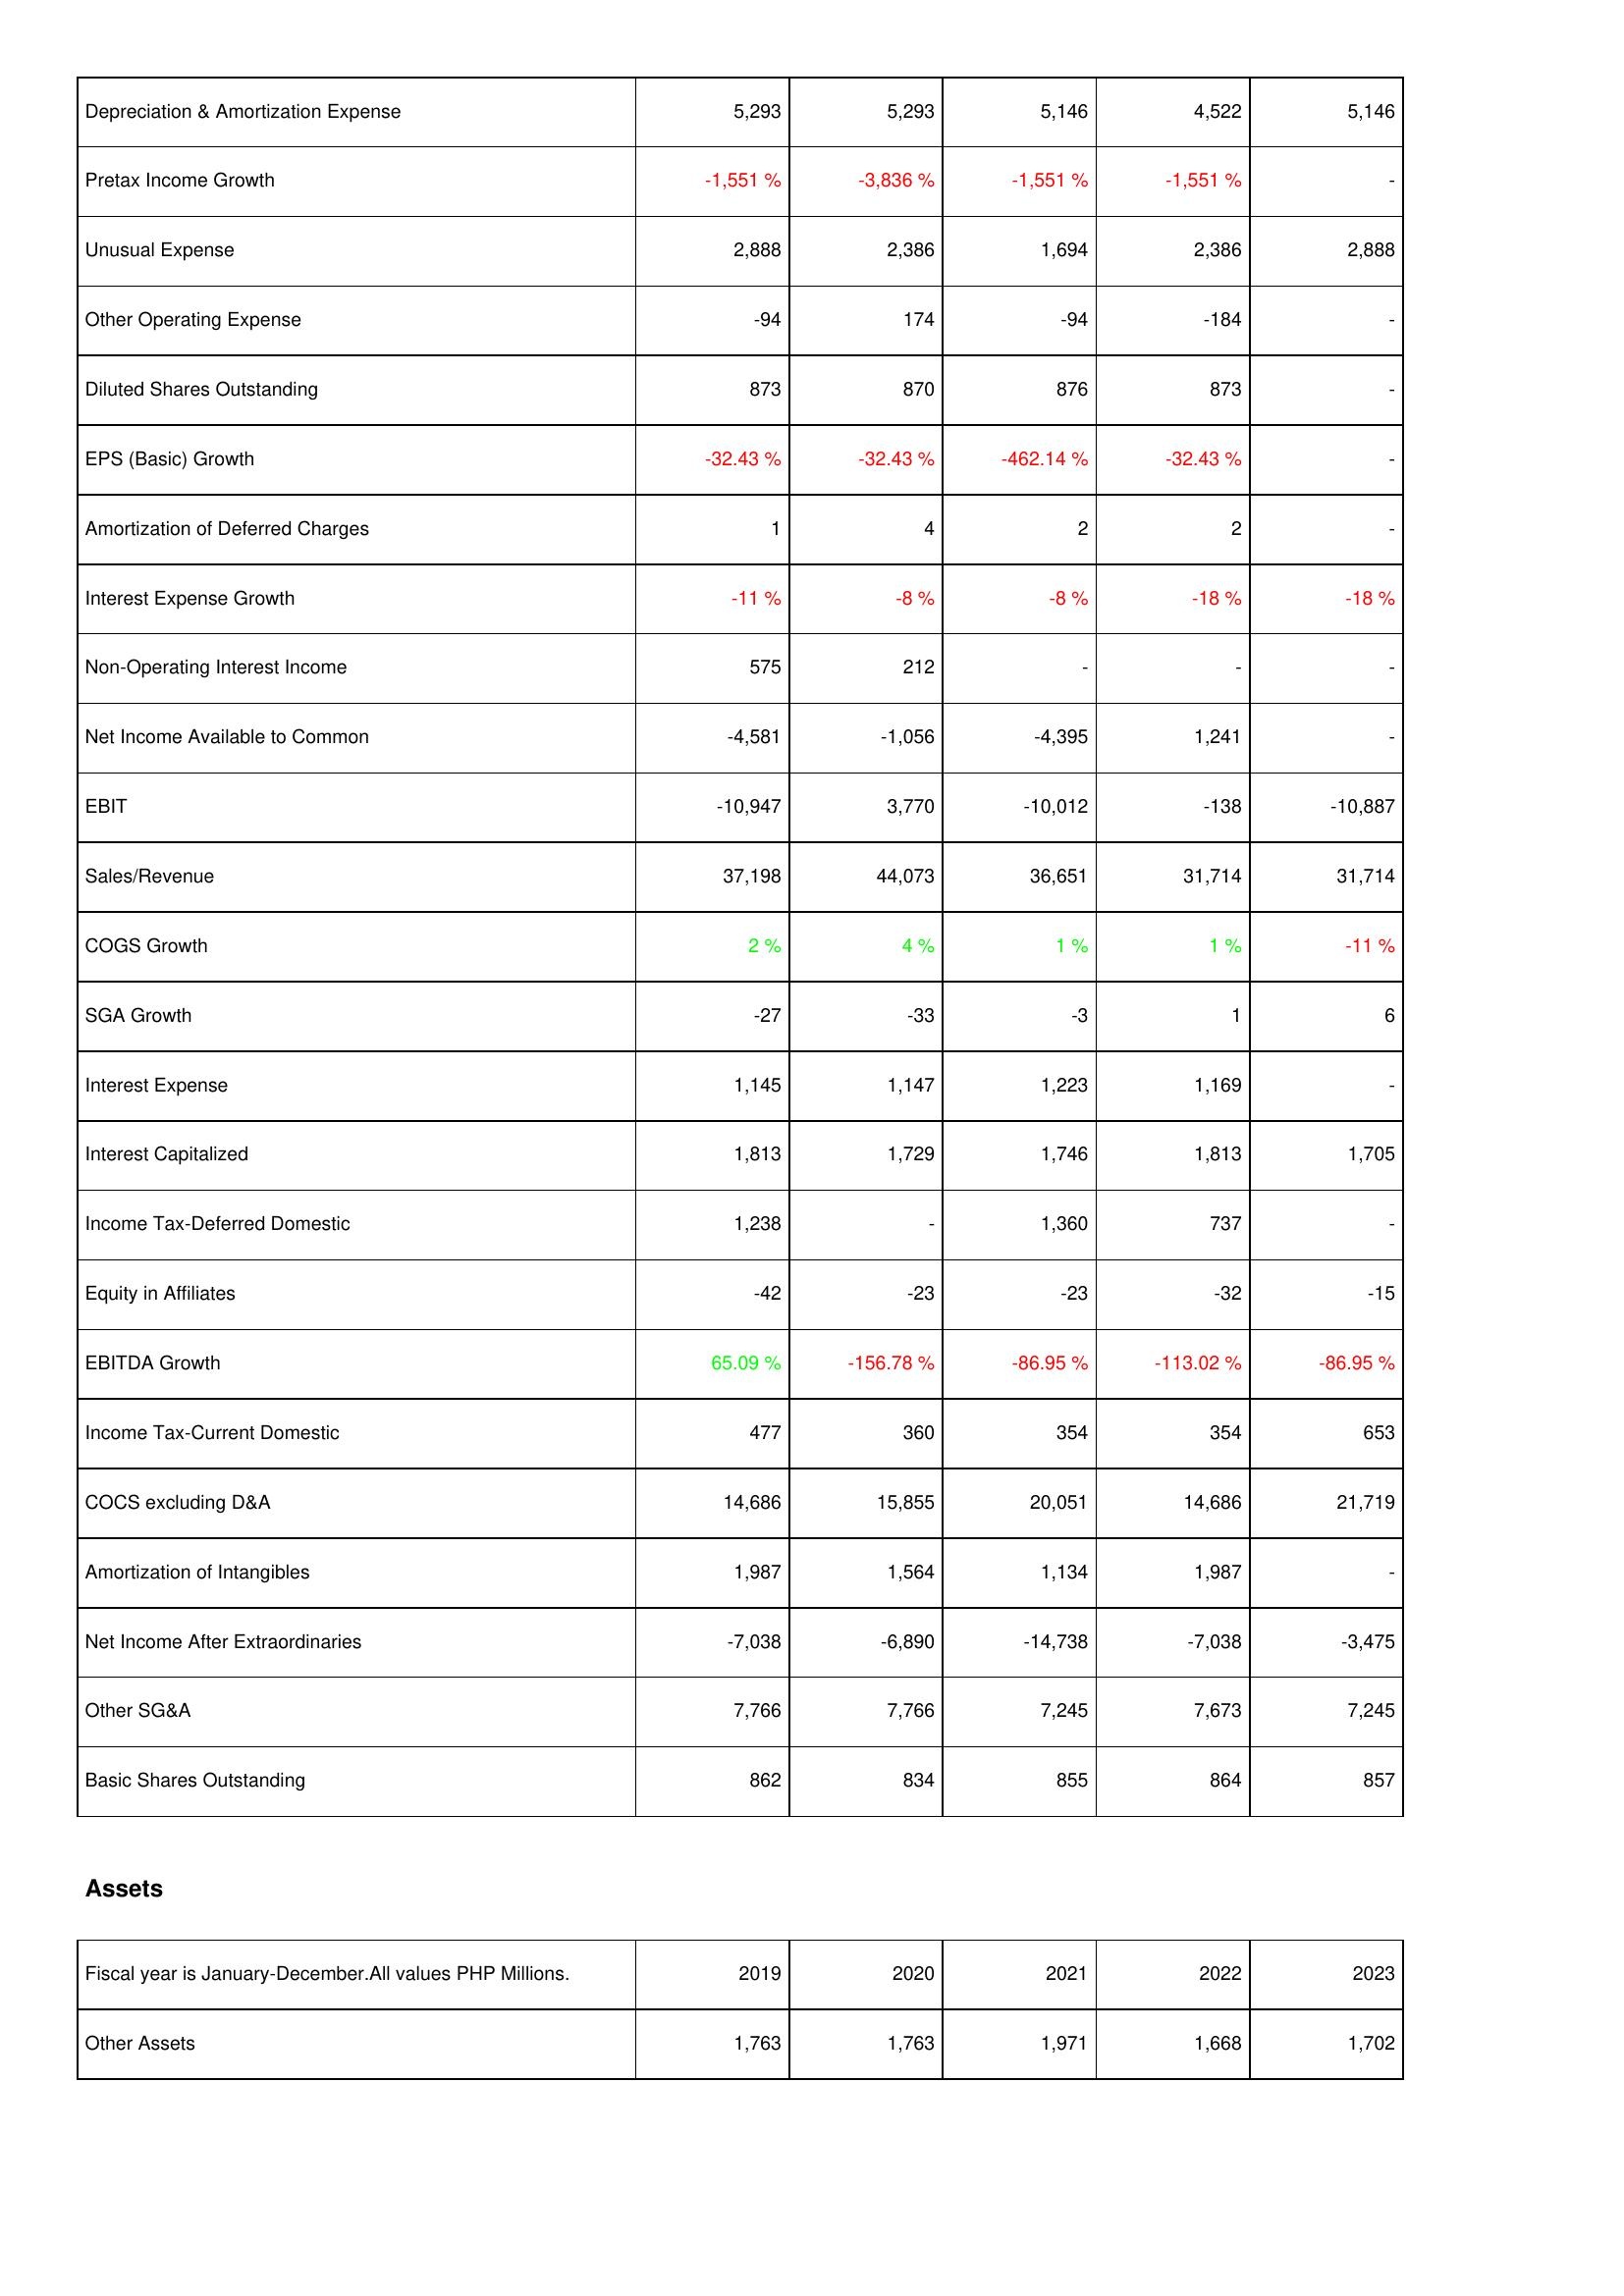
2019: Income Statement: Depreciation & Amortization Expense: 5,293
Pretax Income Growth: -1,551 %
Unusual Expense: 2,888
Other Operating Expense: -94
Diluted Shares Outstanding: 873
EPS (Basic) Growth: -32.43 %
Amortization of Deferred Charges: 1
Interest Expense Growth: -11 %
Non-Operating Interest Income: 575
Net Income Available to Common: -4,581
EBIT: -10,947
Sales/Revenue: 37,198
COGS Growth: 2 %
SGA Growth: -27
Interest Expense: 1,145
Interest Capitalized: 1,813
Income Tax-Deferred Domestic: 1,238
Equity in Affiliates: -42
EBITDA Growth: 65.09 %
Income Tax-Current Domestic: 477
COCS excluding D&A: 14,686
Amortization of Intangibles: 1,987
Net Income After Extraordinaries: -7,038
Other SG&A: 7,766
Basic Shares Outstanding: 862
Assets: Other Assets: 1,763
2020: Income Statement: Depreciation & Amortization Expense: 5,293
Pretax Income Growth: -3,836 %
Unusual Expense: 2,386
Other Operating Expense: 174
Diluted Shares Outstanding: 870
EPS (Basic) Growth: -32.43 %
Amortization of Deferred Charges: 4
Interest Expense Growth: -8 %
Non-Operating Interest Income: 212
Net Income Available to Common: -1,056
EBIT: 3,770
Sales/Revenue: 44,073
COGS Growth: 4 %
SGA Growth: -33
Interest Expense: 1,147
Interest Capitalized: 1,729
Income Tax-Deferred Domestic: -
Equity in Affiliates: -23
EBITDA Growth: -156.78 %
Income Tax-Current Domestic: 360
COCS excluding D&A: 15,855
Amortization of Intangibles: 1,564
Net Income After Extraordinaries: -6,890
Other SG&A: 7,766
Basic Shares Outstanding: 834
Assets: Other Assets: 1,763
2021: Income Statement: Depreciation & Amortization Expense: 5,146
Pretax Income Growth: -1,551 %
Unusual Expense: 1,694
Other Operating Expense: -94
Diluted Shares Outstanding: 876
EPS (Basic) Growth: -462.14 %
Amortization of Deferred Charges: 2
Interest Expense Growth: -8 %
Non-Operating Interest Income: -
Net Income Available to Common: -4,395
EBIT: -10,012
Sales/Revenue: 36,651
COGS Growth: 1 %
SGA Growth: -3
Interest Expense: 1,223
Interest Capitalized: 1,746
Income Tax-Deferred Domestic: 1,360
Equity in Affiliates: -23
EBITDA Growth: -86.95 %
Income Tax-Current Domestic: 354
COCS excluding D&A: 20,051
Amortization of Intangibles: 1,134
Net Income After Extraordinaries: -14,738
Other SG&A: 7,245
Basic Shares Outstanding: 855
Assets: Other Assets: 1,971
2022: Income Statement: Depreciation & Amortization Expense: 4,522
Pretax Income Growth: -1,551 %
Unusual Expense: 2,386
Other Operating Expense: -184
Diluted Shares Outstanding: 873
EPS (Basic) Growth: -32.43 %
Amortization of Deferred Charges: 2
Interest Expense Growth: -18 %
Non-Operating Interest Income: -
Net Income Available to Common: 1,241
EBIT: -138
Sales/Revenue: 31,714
COGS Growth: 1 %
SGA Growth: 1
Interest Expense: 1,169
Interest Capitalized: 1,813
Income Tax-Deferred Domestic: 737
Equity in Affiliates: -32
EBITDA Growth: -113.02 %
Income Tax-Current Domestic: 354
COCS excluding D&A: 14,686
Amortization of Intangibles: 1,987
Net Income After Extraordinaries: -7,038
Other SG&A: 7,673
Basic Shares Outstanding: 864
Assets: Other Assets: 1,668
2023: Income Statement: Depreciation & Amortization Expense: 5,146
Pretax Income Growth: -
Unusual Expense: 2,888
Other Operating Expense: -
Diluted Shares Outstanding: -
EPS (Basic) Growth: -
Amortization of Deferred Charges: -
Interest Expense Growth: -18 %
Non-Operating Interest Income: -
Net Income Available to Common: -
EBIT: -10,887
Sales/Revenue: 31,714
COGS Growth: -11 %
SGA Growth: 6
Interest Expense: -
Interest Capitalized: 1,705
Income Tax-Deferred Domestic: -
Equity in Affiliates: -15
EBITDA Growth: -86.95 %
Income Tax-Current Domestic: 653
COCS excluding D&A: 21,719
Amortization of Intangibles: -
Net Income After Extraordinaries: -3,475
Other SG&A: 7,245
Basic Shares Outstanding: 857
Assets: Other Assets: 1,702